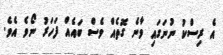
އެ ރިސްކު ނުނަގައި ވާނެ ގޮތެއް ވެސް ބައެއް ފަހަރު ނޯވެ އެވެ.